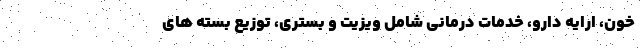
خون، ارایه دارو، خدمات درمانی شامل ویزیت و بستری، توزیع بسته های